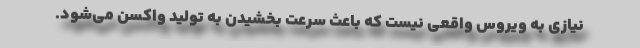
نیازی به ویروس واقعی نیست که باعث سرعت بخشیدن به تولید واکسن می‌شود.